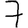
Digit: 7